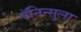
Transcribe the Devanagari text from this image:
पॅनिन्सुला